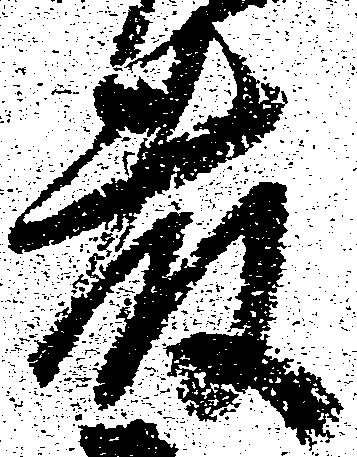
藤